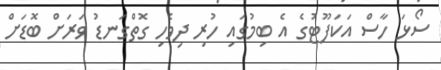
ސޯޅަ ހާސް އަކަފޫޓުގެ އެ ބިމުގައި ހުރި ދިވެހި ގޮތްގަނޑު ވަރަށް ބޮޑަށް